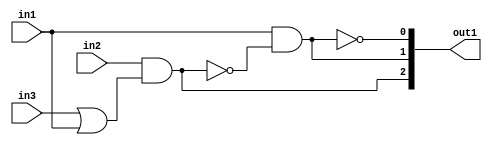
`timescale 1ps / 1ps
/*****************************************************************************
    Verilog RTL Description
    
    
    Created by: Stratus DpOpt 21.05.01 
*******************************************************************************/

module SobelFilter_gen_busy_r_1 (
	in1,
	in2,
	in3,
	out1
	); /* architecture "behavioural" */ 
input  in1,
	in2,
	in3;
output [2:0] out1;
wire  asc003,
	asc004,
	asc006,
	asc008,
	asc010;
wire [2:0] asc011;

assign asc004 = 
	(in3)
	|(in1);

assign asc003 = 
	(in2)
	&(asc004);

assign asc008 = 
	((~asc003));

assign asc006 = 
	(in1)
	&(asc008);

assign asc010 = 
	((~asc006));

assign asc011 = {asc003,asc006,asc010};

assign out1 = asc011;
endmodule

/* CADENCE  v7P3TQA= : u9/ySxbfrwZIxEzHVQQV8Q== ** DO NOT EDIT THIS LINE ******/